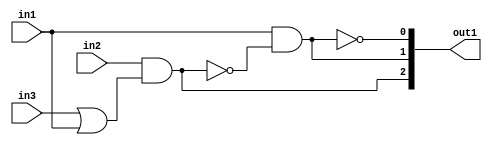
`timescale 1ps / 1ps
/*****************************************************************************
    Verilog RTL Description
    
    
    Created by: Stratus DpOpt 21.05.01 
*******************************************************************************/

module SobelFilter_gen_busy_r_1 (
	in1,
	in2,
	in3,
	out1
	); /* architecture "behavioural" */ 
input  in1,
	in2,
	in3;
output [2:0] out1;
wire  asc003,
	asc004,
	asc006,
	asc008,
	asc010;
wire [2:0] asc011;

assign asc004 = 
	(in3)
	|(in1);

assign asc003 = 
	(in2)
	&(asc004);

assign asc008 = 
	((~asc003));

assign asc006 = 
	(in1)
	&(asc008);

assign asc010 = 
	((~asc006));

assign asc011 = {asc003,asc006,asc010};

assign out1 = asc011;
endmodule

/* CADENCE  v7P3TQA= : u9/ySxbfrwZIxEzHVQQV8Q== ** DO NOT EDIT THIS LINE ******/